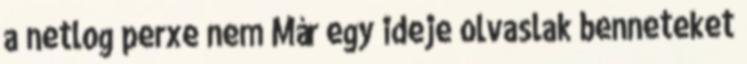
a netlog perxe nem Már egy ideje olvaslak benneteket